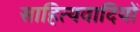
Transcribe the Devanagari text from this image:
साहित्यवादियों